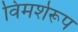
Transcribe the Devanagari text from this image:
विमर्शरूप